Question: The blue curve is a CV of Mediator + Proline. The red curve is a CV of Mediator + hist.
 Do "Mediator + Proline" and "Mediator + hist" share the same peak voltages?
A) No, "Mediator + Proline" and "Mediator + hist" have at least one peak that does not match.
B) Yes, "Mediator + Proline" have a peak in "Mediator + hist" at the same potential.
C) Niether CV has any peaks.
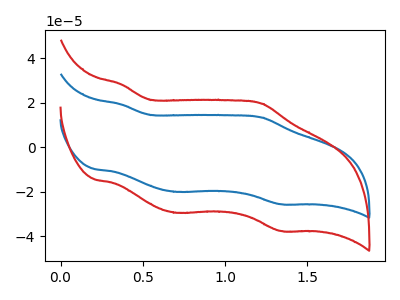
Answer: <think>The blue curve "Mediator + Proline" has anodic peaks at (0.35V, 19.20uA) (1.20V, 13.35uA) and cathodic peaks at (0.70V, -20.05uA) (1.35V, -25.60uA). The red curve "Mediator + hist" has anodic peaks at (0.35V, 28.15uA) (1.20V, 19.55uA) and cathodic peaks at (0.70V, -29.45uA) (1.35V, -37.60uA).</think>
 <answer>B) Yes, "Mediator + Proline" have a peak in "Mediator + hist" at the same potential.</answer>
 <eval>B</eval>